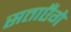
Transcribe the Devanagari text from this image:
सताएँगे